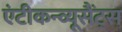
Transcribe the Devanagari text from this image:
एंटीकन्व्यूसैंट्स